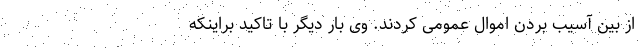
از بین آسیب بردن اموال عمومی کردند. وی بار دیگر با تاکید براینکه